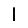
Digit: 1